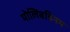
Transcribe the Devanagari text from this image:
मोलिबडिनम